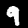
Digit: 9